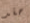
حقد